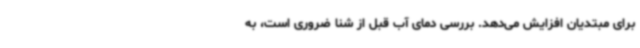
برای مبتدیان افزایش می‌دهد. بررسی دمای آب قبل از شنا ضروری است، به